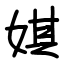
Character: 娸